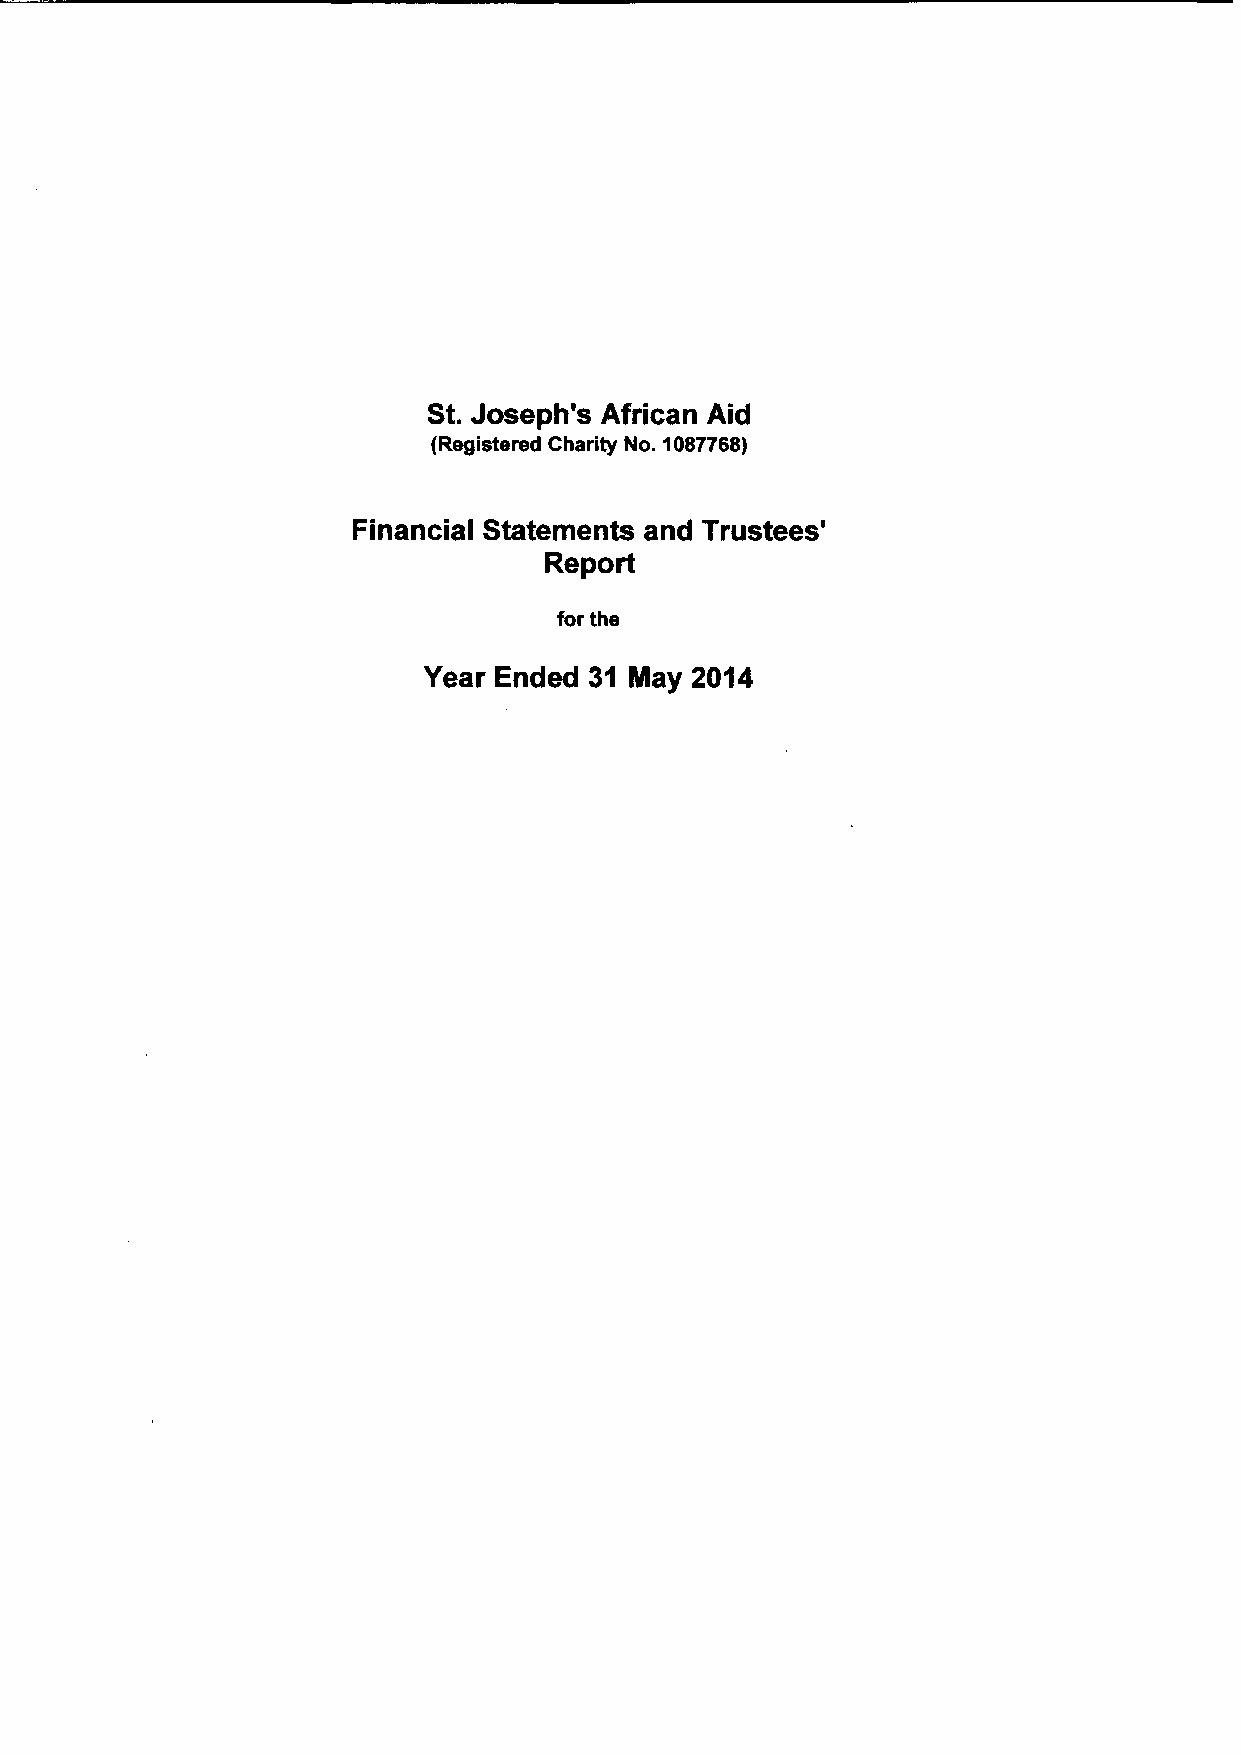
St.Joseph's African Aid
 (Registered Charity No. 108?768)
 Financial Statements and Trustees'
 Report
 for the
 Year Ended 31 IIay 2014